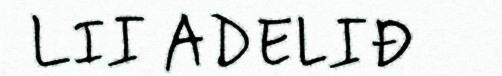
LII ADELIĐ